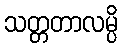
သတ္တတာလမ္ပိ